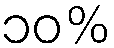
၁၀%